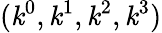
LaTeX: (\mathit{k}^{0},\mathit{k}^{1},\mathit{k}^{2},\mathit{k}^{3})